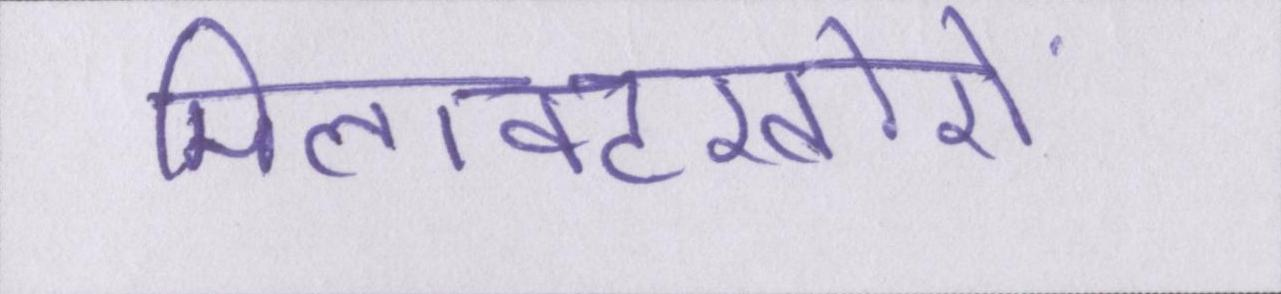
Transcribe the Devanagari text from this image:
मिलावटखोरों